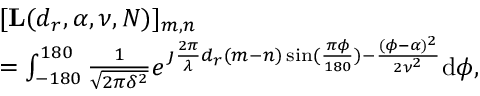
\begin{array} { r l } & { [ \mathbf { L } ( d _ { r } , \alpha , \nu , N ) ] _ { m , n } } \\ & { = \int _ { - 1 8 0 } ^ { 1 8 0 } \frac { 1 } { \sqrt { 2 \pi \delta ^ { 2 } } } e ^ { \jmath \frac { 2 \pi } { \lambda } d _ { r } ( m - n ) \sin ( \frac { \pi \phi } { 1 8 0 } ) - \frac { ( \phi - \alpha ) ^ { 2 } } { 2 \nu ^ { 2 } } } \mathrm { d } \phi , } \end{array}